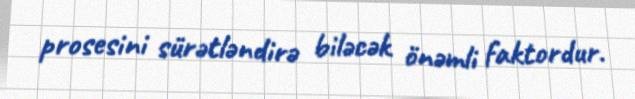
prosesini sürətləndirə biləcək önəmli faktordur.